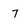
Character: 7